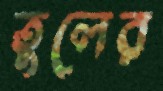
তুলের